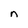
Character: n